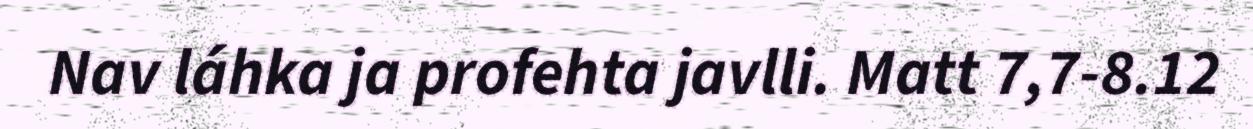
Nav láhka ja profehta javlli. Matt 7,7-8.12